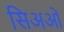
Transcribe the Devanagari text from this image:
सिअओं